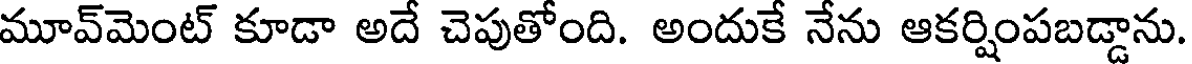
మూవ్మెంట్ కూడా అదే చెపుతోంది. అందుకే నేను ఆకర్షింపబడ్డాను.